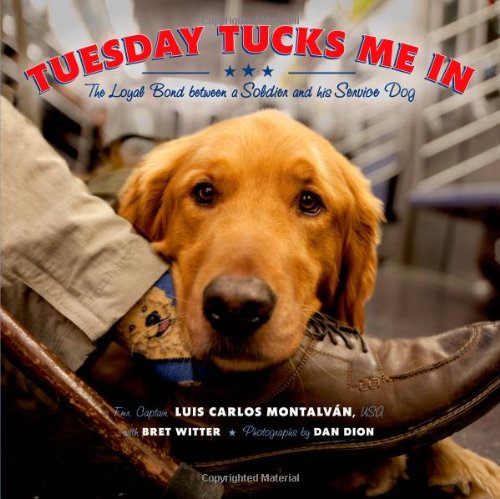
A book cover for Tuesday Tucks Me In: The Loyal Bond between a Soldier and His Service Dog; Luis Carlos MontalvÃ¡n; Children's Books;